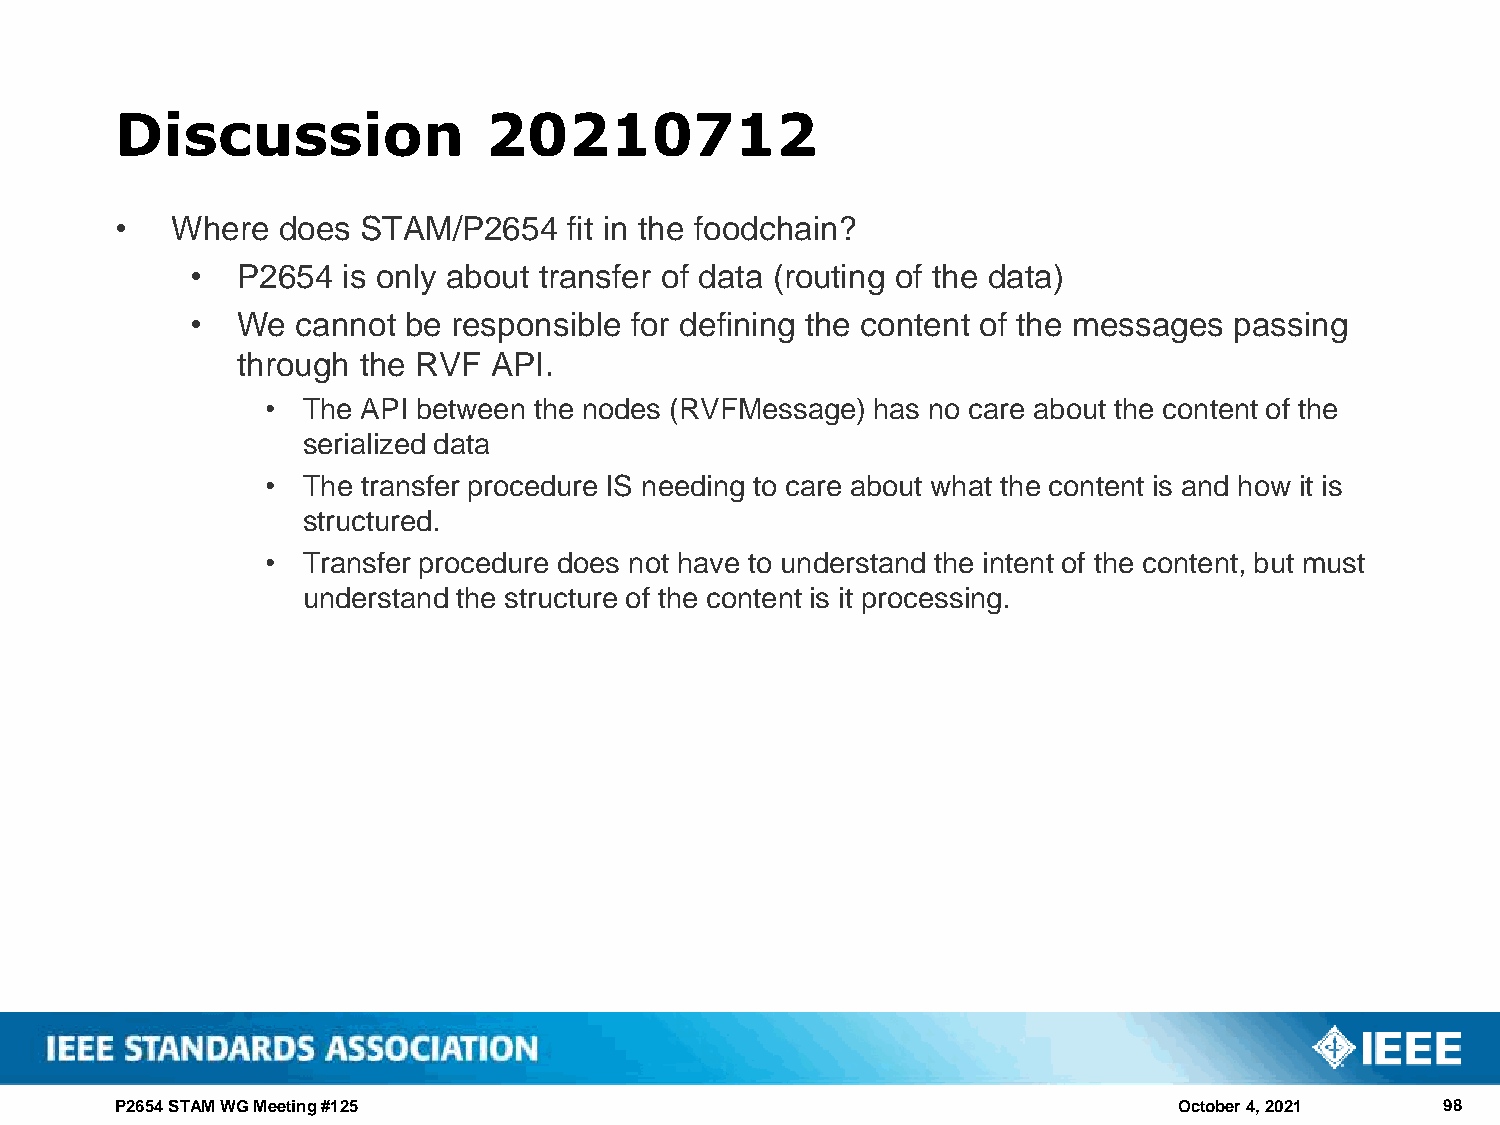
Discussion              20210712
 •  Where  does  STAM/P2654    fit in the foodchain?
 •  P2654  is only about transfer of data (routing of the data)
 •  We  cannot be responsible for defining the content of the messages passing
 through the RVF  API.
 • The API between the nodes (RVFMessage) has no care about the content of the
 serialized data
 • The transfer procedure IS needing to care about what the content is and how it is
 structured.
 • Transfer procedure does not have to understand the intent of the content, but must
 understand the structure of the content is it processing.
 P2654 STAM WG Meeting #125                                            October 4, 2021   98